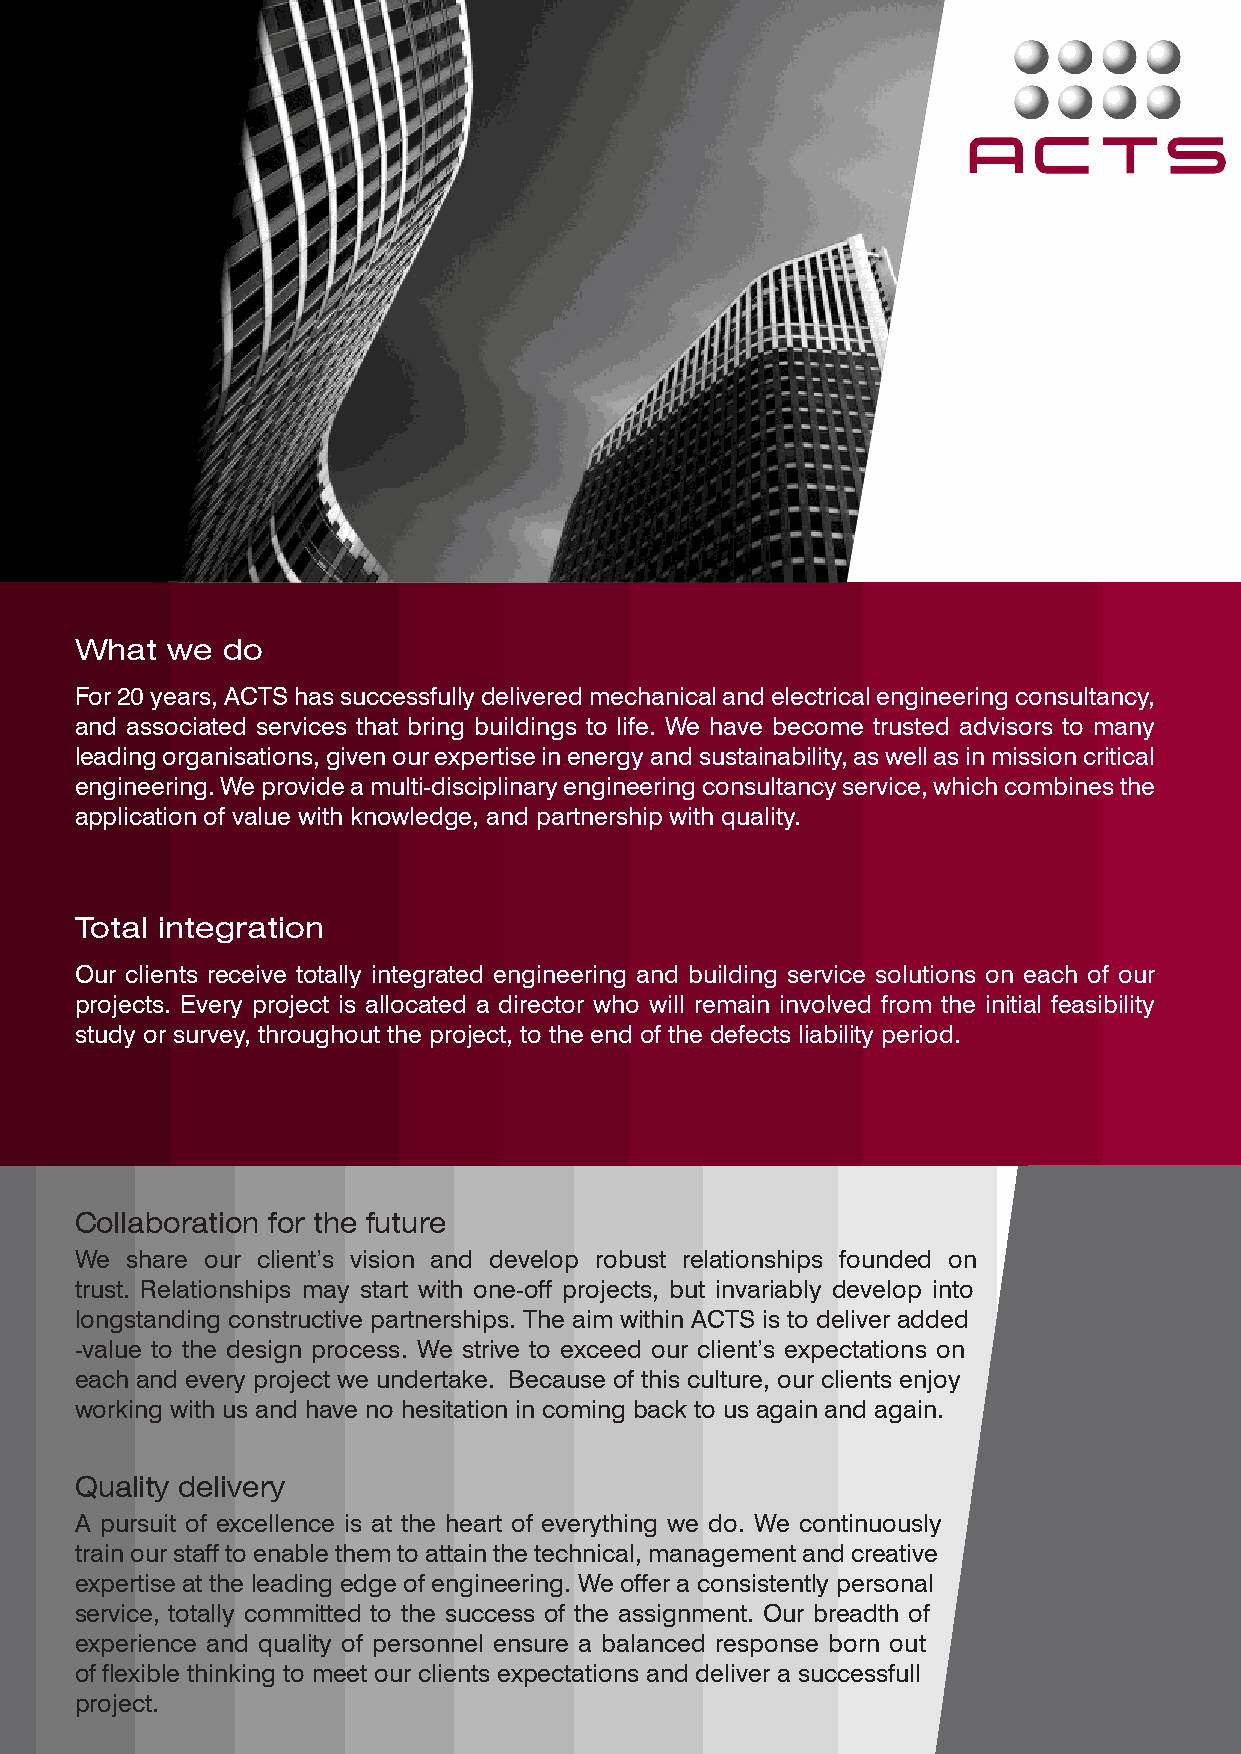
What  we  do
 For 20 years, ACTS has successfully delivered mechanical and electrical engineering consultancy,
 and associated services that bring buildings to life. We have become trusted advisors to many
 leading organisations, given our expertise in energy and sustainability, as well as in mission critical
 engineering. We provide a multi-disciplinary engineering consultancy service, which combines the
 application of value with knowledge, and partnership with quality.
 Total integration
 Our clients receive totally integrated engineering and building service solutions on each of our
 projects. Every project is allocated a director who will remain involved from the initial feasibility
 study or survey, throughout the project, to the end of the defects liability period.
 Collaboration for the future
 We share our client’s vision and develop robust relationships founded on
 trust. Relationships may start with one-off projects, but invariably develop into
 longstanding constructive partnerships. The aim within ACTS is to deliver added
 -value to the design process. We strive to exceed our client’s expectations on
 each and every project we undertake. Because of this culture, our clients enjoy
 working with us and have no hesitation in coming back to us again and again.
 Quality delivery
 A pursuit of excellence is at the heart of everything we do. We continuously
 train our staff to enable them to attain the technical, management and creative
 expertise at the leading edge of engineering. We offer a consistently personal
 service, totally committed to the success of the assignment. Our breadth of
 experience and quality of personnel ensure a balanced response born out
 of flexible thinking to meet our clients expectations and deliver a successfull
 project.